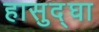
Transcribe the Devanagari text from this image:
हासुद्घा